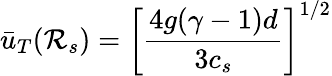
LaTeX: \bar{u}_{T}({\cal R}_{s})=\left[\frac{4g(\gamma-1)d}{3c_{s}}\right]^{1/2}